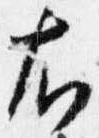
右